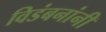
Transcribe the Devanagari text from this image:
विडंबनांनी